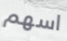
اسهم